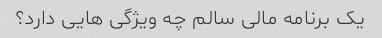
یک برنامه مالی سالم چه ویژگی هایی دارد؟